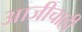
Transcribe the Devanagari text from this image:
आजीचाही